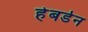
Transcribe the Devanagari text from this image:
हेबर्डन